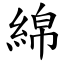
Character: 綿